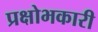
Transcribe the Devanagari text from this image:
प्रक्षोभकारी